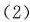
（2）